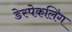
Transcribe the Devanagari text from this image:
डेस्पेकलिंग